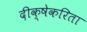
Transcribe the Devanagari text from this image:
दीक्षेकरिता